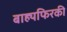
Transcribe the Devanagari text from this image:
बाह्यफिरकी